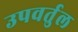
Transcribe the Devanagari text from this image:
उपवर्तुल